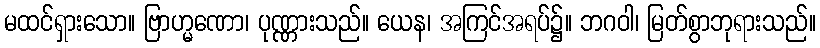
မထင်ရှားသော။ ဗြာဟ္မဏော၊ ပုဏ္ဏားသည်။ ယေန၊ အကြင်အရပ်၌။ ဘဂဝါ၊ မြတ်စွာဘုရားသည်။